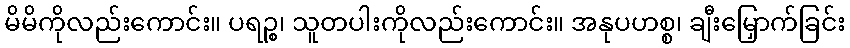
မိမိကိုလည်းကောင်း။ ပရဉ္စ၊ သူတပါးကိုလည်းကောင်း။ အနုပဟစ္စ၊ ချီးမြှောက်ခြင်း